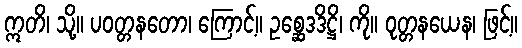
ဣတိ၊ သို့။ ပဝတ္တနတော၊ ကြောင့်။ ဥစ္ဆေဒဒိဋ္ဌိ၊ ကို။ ဝုတ္တနယေန၊ ဖြင့်။